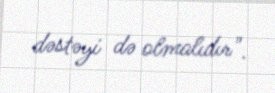
dəstəyi də olmalıdır".